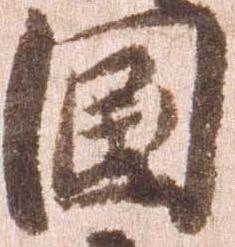
国